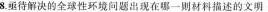
时期 ( )